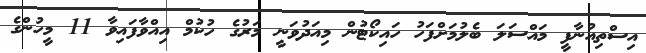
އިސްތިއުނާފީ މައްސަލަ ބެލުމަށްފަހު ހައިކޯޓުން މިއަދުވަނީ މަރުގެ ހުކުމް އިއްވާފައިވާ 11 މީހުންގެ